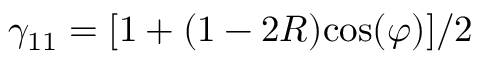
\gamma _ { 1 1 } = [ 1 + ( 1 - 2 R ) \mathrm { c o s } ( \varphi ) ] / 2